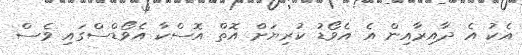
އެކު އެ ދާއިރާއިން އެ އެވޯޑު ކުރިޔަށް އޮތް އޮސްކާ އެވޯޑްސްގައި ވެސް